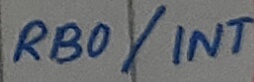
Text: RB0/INT